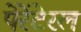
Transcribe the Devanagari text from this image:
पेरेंटेरल